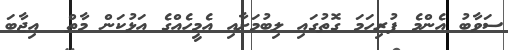
ސަވާބު އެންމެ ފުރިހަމަ ގޮތުގައި ލިބުމަށާއި އެމީހެއްގެ އަޅުކަން މާތް  އިޖާބަ